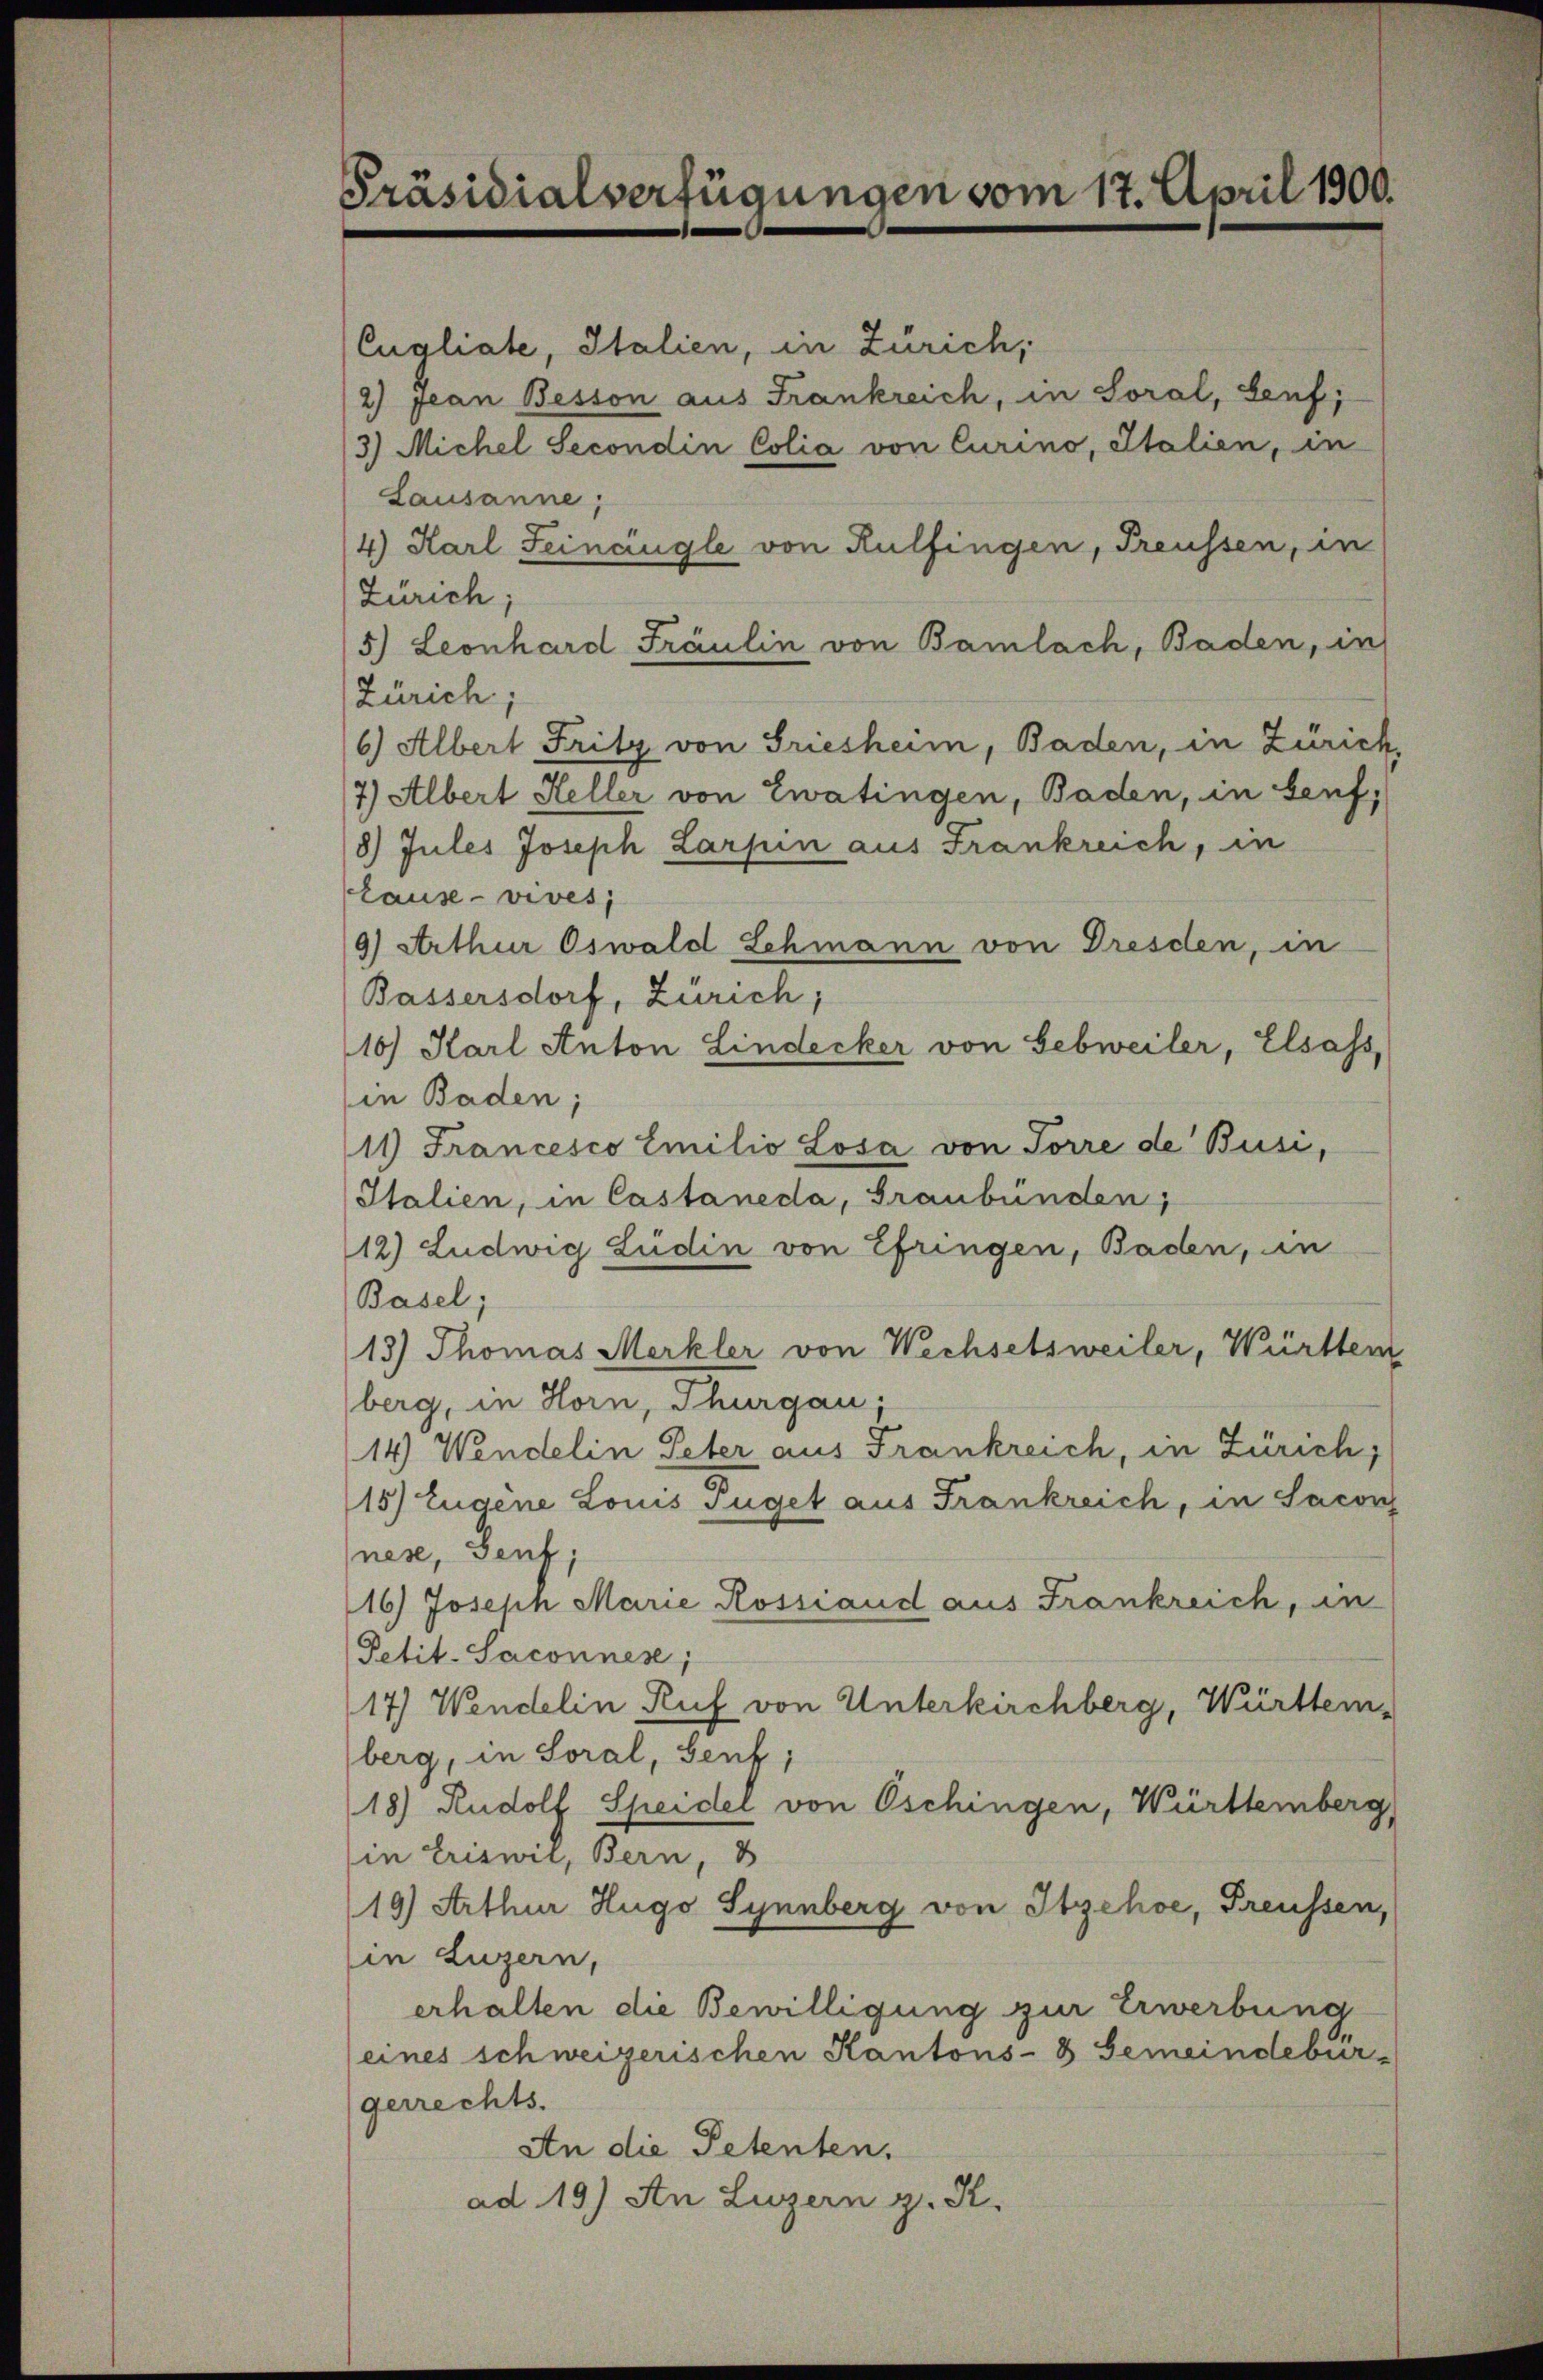
Präsidialverfügungen vom 17. April 1900.

Eugliate, Italien, in Zürich,
2) Jean Besson aus Frankreich, in Soral, Genf;
3) Michel Secondin Colia von Curino, Italien, in
Lausanne;
4) Karl Feinangle von Rülfingen, Preussen, in
Zürich;
5.) Leonhard Fräulin von Bamlach, Baden, in
Zürich;
6) Albert Fritz von Griesheim, Baden, in Zürich,
7.) Albert Heller von Zwatingen, Baden, in Senf,
8) Jules Joseph Larpin aus Frankreich, in
lause - vives;
9) Arthur Oswald Lehmann von Dresden, in
Bassersdorf, Zürich,
16) Karl Anton Lindecker von Gebweiler, Elsass,
in Baden;
11) Francesco Emilio Losa von Torre de Busi,
Italien, in Castaneda, Graubünden,
12) Ludwig Ludin von Efringen, Baden, an
Basel;
13) Thomas Merkler von Wechsetsweiler, Württem
berg, in Horn, Thurgau;
14) Wendelin Peter aus Frankreich, in Zürich;
15) Eugene Louis Füget aus Frankreich, in Sacon
nese, Genf,
16) Josehn Marie Rossiand aus Frankreich, in
Petit-Saconnes;
17) Wendelin Ruf von Unterkirchberg, Württem-
berg, in Soral, Genf;
18) Rudolf Speider von Oschingen, Württemberg,
in Eriswil, Bern, 3
19 Arthur Hugo Syenberg von Itzehoe, Freussen,
in Luzern,
erhalten die Bewilligung zur Erwerbung
(eines schweizerischen Kantons- & Gemeindebürgerrechts.
An die Petenten,
ad 19.) An Luzern g. R.